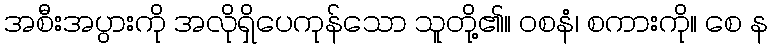
အစီးအပွားကို အလိုရှိပေကုန်သော သူတို့၏။ ဝစနံ၊ စကားကို။ စေ န